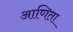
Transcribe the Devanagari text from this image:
आणिता